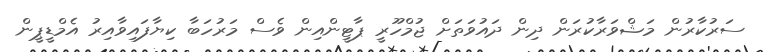
ސަރުކާރުން މަޝްވަރާކުރަން ދިން ދައުވަތަށް ޖުމްހޫރީ ޕާޓީންއިން ވެސް މަރުހަބާ ކިޔާފައިވާއިރު އެމްޑީޕީން